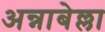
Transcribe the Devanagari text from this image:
अन्नाबेल्ला